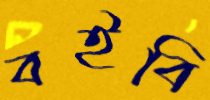
বইবি